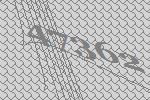
47362